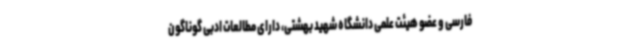
فارسی و عضو هیئت علمی دانشگاه شهید بهشتی، دارای مطالعات ادبی گوناگون